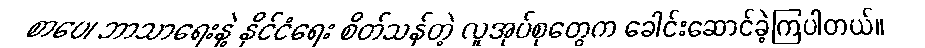
စာပေ၊ ဘာသာရေးနဲ့ နိုင်ငံရေး စိတ်သန်တဲ့ လူအုပ်စုတွေက ခေါင်းဆောင်ခဲ့ကြပါတယ်။